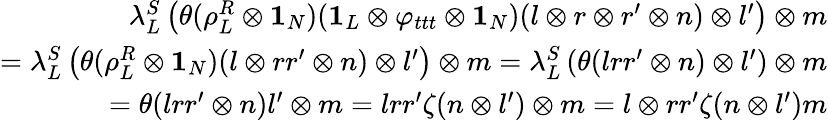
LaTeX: \begin{array}{r}{\lambda_{L}^{S}\left(\theta(\rho_{L}^{R}\otimes\mathbf{1}_{N})(\mathbf{1}_{L}\otimes\varphi_{ttt}\otimes\mathbf{1}_{N})(l\otimes r\otimes r^{\prime}\otimes n)\otimes l^{\prime}\right)\otimes m}\\ {=\lambda_{L}^{S}\left(\theta(\rho_{L}^{R}\otimes\mathbf{1}_{N})(l\otimes rr^{\prime}\otimes n)\otimes l^{\prime}\right)\otimes m=\lambda_{L}^{S}\left(\theta(lrr^{\prime}\otimes n)\otimes l^{\prime}\right)\otimes m}\\ {=\theta(lrr^{\prime}\otimes n)l^{\prime}\otimes m=lrr^{\prime}\zeta(n\otimes l^{\prime})\otimes m=l\otimes rr^{\prime}\zeta(n\otimes l^{\prime})m}\end{array}